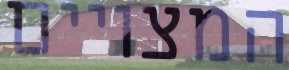
המצויים